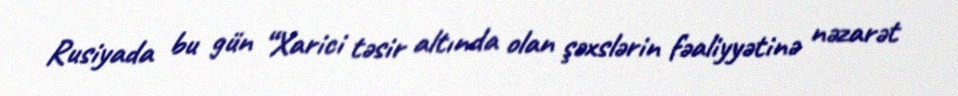
Rusiyada bu gün “Xarici təsir altında olan şəxslərin fəaliyyətinə nəzarət